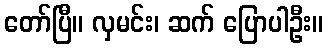
တော်ပြီ။ လှမင်း၊ ဆက် ပြောပါဦး။